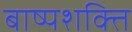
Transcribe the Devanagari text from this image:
बाष्पशक्ति